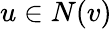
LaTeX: u\in N(v)